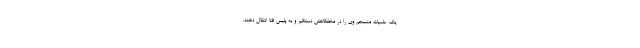
یک علمیات منسجم وی را در مخفگاهش دستگیر و به پلیس فتا انتقال دهند.